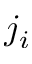
j _ { i }